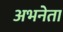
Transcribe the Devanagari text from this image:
अभनेता